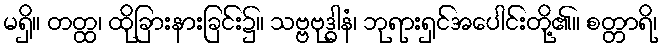
မရှိ။ တတ္ထ၊ ထိုခြားနားခြင်း၌။ သဗ္ဗဗုဒ္ဓါနံ၊ ဘုရားရှင်အပေါင်းတို့၏။ စတ္တာရိ၊